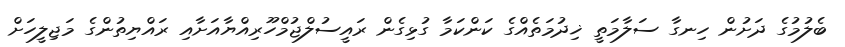
ބެލުމުގެ ދަށުން ހިނގާ ސަލާމަތީ ޚިދުމަތެއްގެ ކަންކަމާ ގުޅިގެން ރައީސުލްޖުމްހޫރިއްޔާއަށާއި ރައްޔިތުންގެ މަޖިލީހަށް